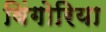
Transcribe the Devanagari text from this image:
विंगोरिया